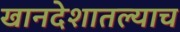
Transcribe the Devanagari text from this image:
खानदेशातल्याच